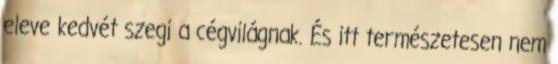
eleve kedvét szegi a cégvilágnak. És itt természetesen nem